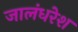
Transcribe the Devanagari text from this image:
जालंधरेश